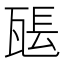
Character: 𤭖